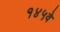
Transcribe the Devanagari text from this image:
१४५वे